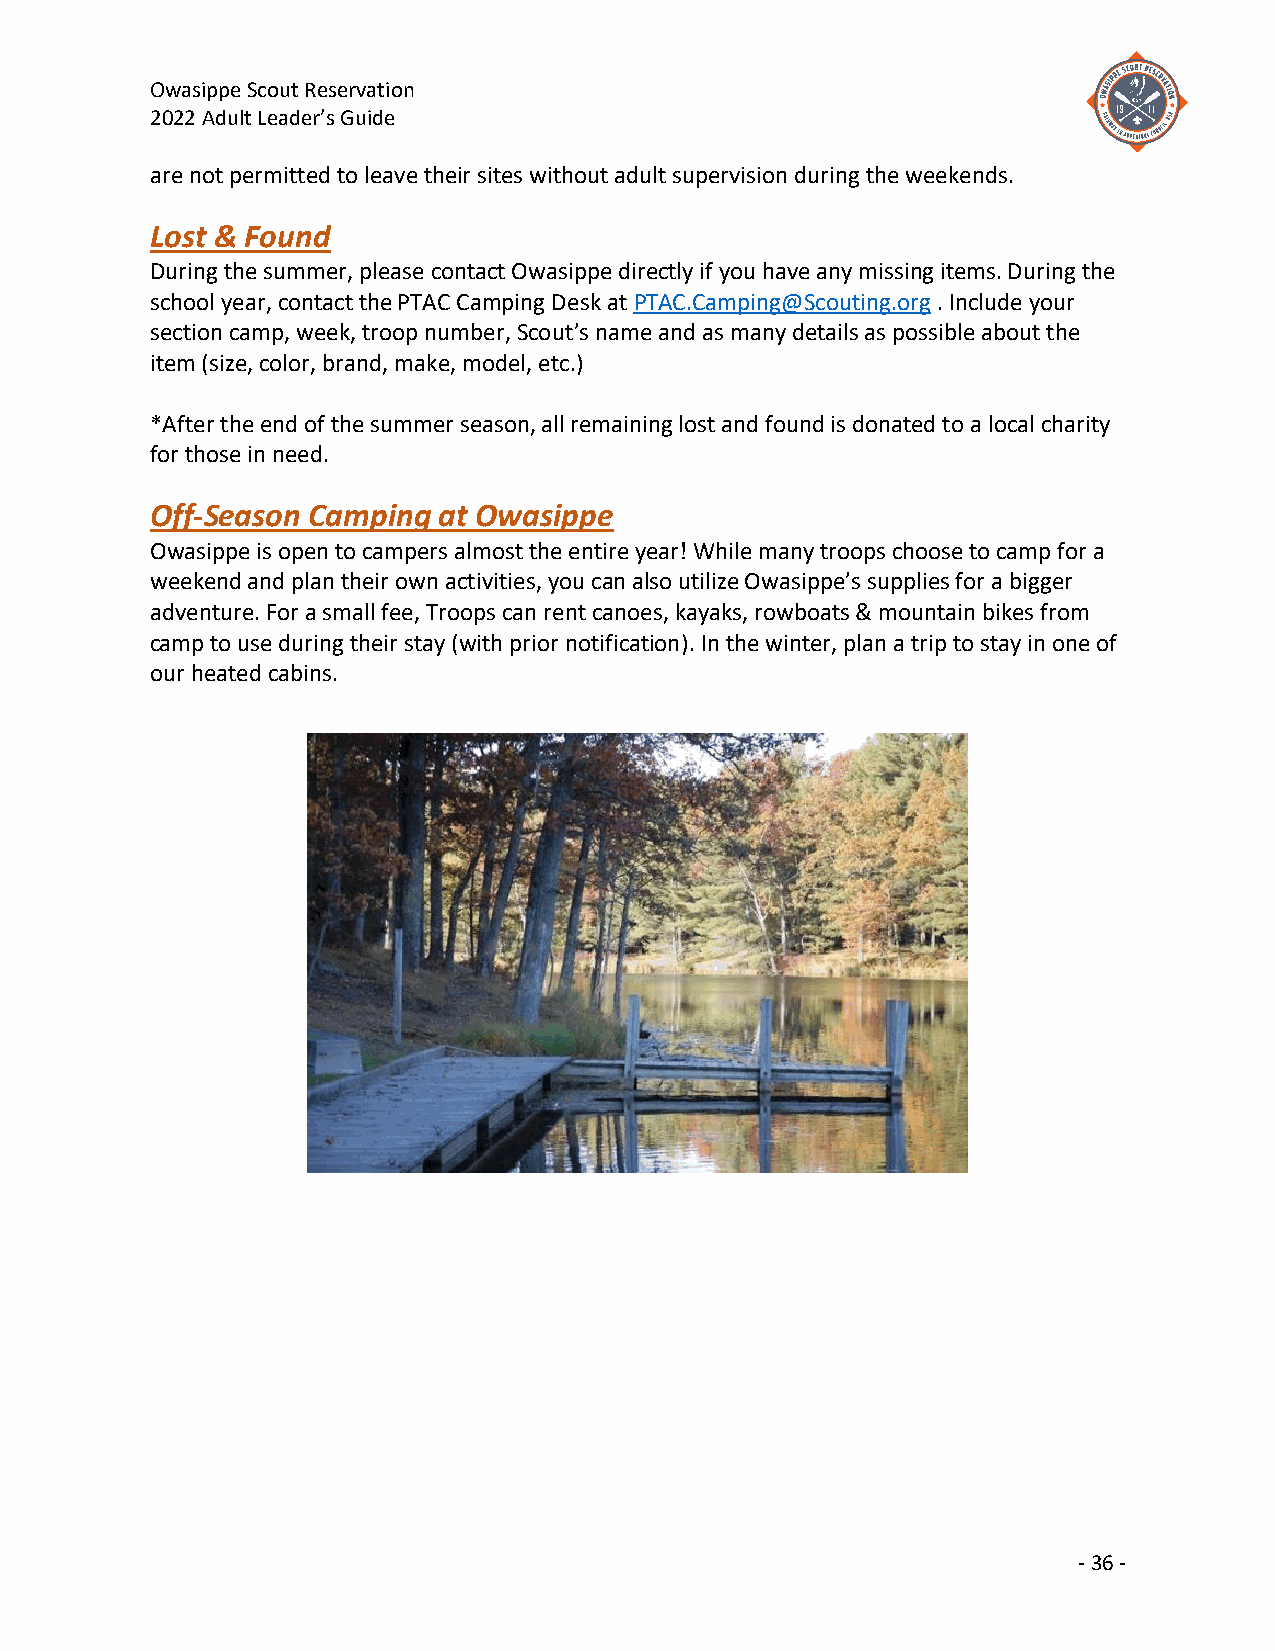
Owasippe Scout Reservation
 2022 Adult Leader’s Guide
 are not permitted to leave their sites without adult supervision during the weekends.
 Lost & Found
 During the summer, please contact Owasippe directly if you have any missing items. During the
 school year, contact the PTAC Camping Desk at PTAC.Camping@Scouting.org . Include your
 section camp, week, troop number, Scout’s name and as many details as possible about the
 item (size, color, brand, make, model, etc.)
 *After the end of the summer season, all remaining lost and found is donated to a local charity
 for those in need.
 Off-Season Camping at Owasippe
 Owasippe is open to campers almost the entire year! While many troops choose to camp for a
 weekend and plan their own activities, you can also utilize Owasippe’s supplies for a bigger
 adventure. For a small fee, Troops can rent canoes, kayaks, rowboats & mountain bikes from
 camp to use during their stay (with prior notification). In the winter, plan a trip to stay in one of
 our heated cabins.
 - 36 -